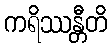
ကရိဿန္တီတိ